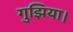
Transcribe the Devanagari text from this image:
गुझिया।